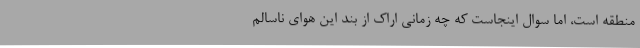
منطقه است، اما سوال اینجاست که چه زمانی اراک از بند این هوای ناسالم